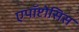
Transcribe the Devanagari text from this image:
एपॉप्टोसिस